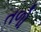
તળો